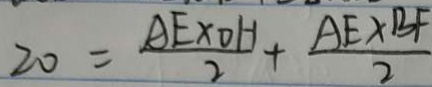
2 0 = \frac { A E \times O H } { 2 } + \frac { A E \times B F } { 2 }